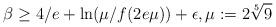
LaTeX: \begin{align*} \beta \geq 4/e + \ln(\mu/f(2e\mu))+\epsilon, \mu := 2\sqrt[5]{9}\end{align*}